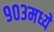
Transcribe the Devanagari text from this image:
९०३मध्ये